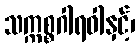
သက္ကစ္စဂါရဝါနှင့်၊